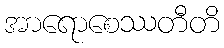
အာရောစေဿတီတိ